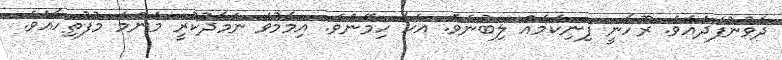
ދެވުނުފަދައެވެ. ރޫހާނީ ފިނިކަމެއް ލިބުނެވެ. އެހާ ހިމޭނެވެ. އިމާމުވެ ނަމާދުކުރީ މަންމަ މުފުތިހާއެވެ.